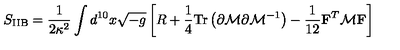
S _ { \mathrm { I I B } } = \frac { 1 } { 2 \kappa ^ { 2 } } \int d ^ { 1 0 } x \sqrt { - g } \left[ R + \frac { 1 } { 4 } \mathrm { T r } \left( \partial { \cal { M } } \partial { \cal { M } } ^ { - 1 } \right) - \frac { 1 } { 1 2 } { \bf F } ^ { T } { \cal { M } } { \bf F } \right]